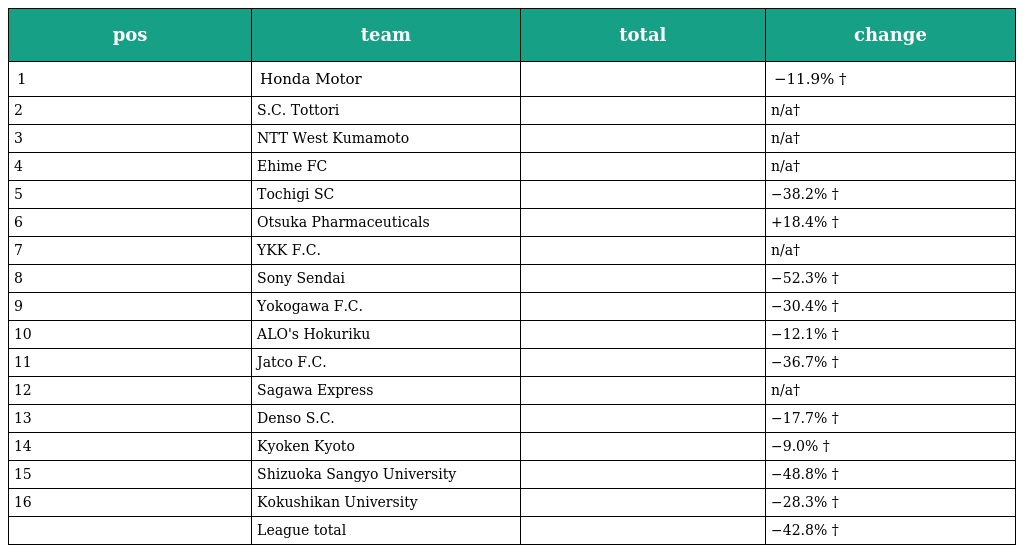
| pos | team | total | change |
 | --- | --- | --- | --- |
 | 1 | Honda Motor |  | −11.9% † |
 | 2 | S.C. Tottori |  | n/a† |
 | 3 | NTT West Kumamoto |  | n/a† |
 | 4 | Ehime FC |  | n/a† |
 | 5 | Tochigi SC |  | −38.2% † |
 | 6 | Otsuka Pharmaceuticals |  | +18.4% † |
 | 7 | YKK F.C. |  | n/a† |
 | 8 | Sony Sendai |  | −52.3% † |
 | 9 | Yokogawa F.C. |  | −30.4% † |
 | 10 | ALO's Hokuriku |  | −12.1% † |
 | 11 | Jatco F.C. |  | −36.7% † |
 | 12 | Sagawa Express |  | n/a† |
 | 13 | Denso S.C. |  | −17.7% † |
 | 14 | Kyoken Kyoto |  | −9.0% † |
 | 15 | Shizuoka Sangyo University |  | −48.8% † |
 | 16 | Kokushikan University |  | −28.3% † |
 |  | League total |  | −42.8% † |